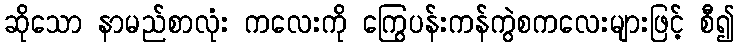
ဆိုသော နာမည်စာလုံး ကလေးကို ကြွေပန်းကန်ကွဲစကလေးများဖြင့် စီ၍